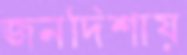
জনদিশায়